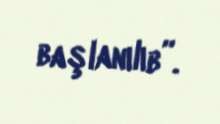
başlanılıb”.